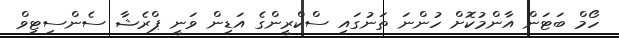
ހޯމް ބަޓަން އާންމުކޮށް ހުންނަ ތަނުގައި ސްކްރީންގެ އަޑިން ވަނީ ޕްރެޝާ ސެންސިޓިވް